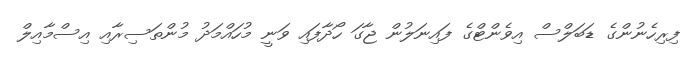
ފިރިހެނުންގެ ޑަބަލްސް އިވެންޓްގެ ފައިނަލުން ޖާގަ ހޯދާފައި ވަނީ މުހައްމަދު މުންތަސިރާއި އިސްމާއިލް